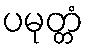
ပမုတ္တံ